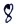
Text: 8